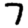
Digit: 7